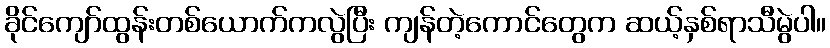
ခိုင်ကျော်ထွန်းတစ်ယောက်ကလွဲပြီး ကျန်တဲ့ကောင်တွေက ဆယ့်နှစ်ရာသီမွဲပါ။